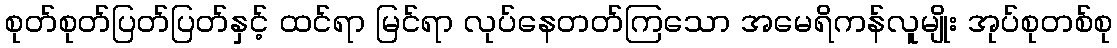
စုတ်စုတ်ပြတ်ပြတ်နှင့် ထင်ရာ မြင်ရာ လုပ်နေတတ်ကြသော အမေရိကန်လူမျိုး အုပ်စုတစ်စု